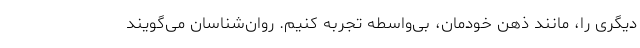
دیگری را، مانند ذهن خودمان، بی‌واسطه تجربه کنیم. روان‌شناسان می‌گویند